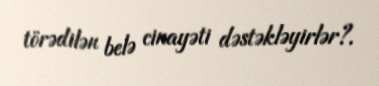
törədilən belə cinayəti dəstəkləyirlər?.